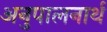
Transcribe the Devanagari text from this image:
अनुपालनार्थ